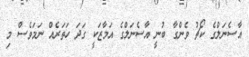
އާސެނަލްގެ ކޯޗު ވެންގާ ބުނީ އާސެނަލްގެ އަމާޒަކީ ގަދަ ހަަތަރެއް ނަމަވެސް މި